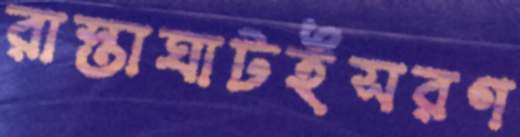
রাস্তাঘাটইসরণ